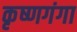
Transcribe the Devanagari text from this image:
कृष्णगंगा